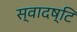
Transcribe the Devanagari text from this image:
स्वादष्टि